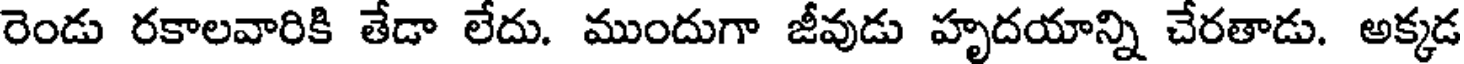
రెండు రకాలవారికి తేడా లేదు. ముందుగా జీవుడు హృదయాన్ని చేరతాడు. అక్కడ